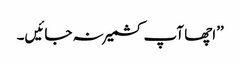
’’اچھا آپ کشمیر نہ جائیں۔